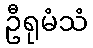
ဦရုမံသံ